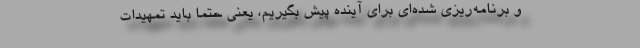
و برنامه‌ریزی شده‌ای برای آینده پیش بگیریم، یعنی حتماً باید تمهیدات